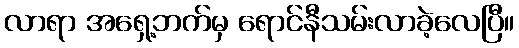
လာရာ အရှေ့ဘက်မှ ရောင်နီသမ်းလာခဲ့လေပြီ။